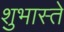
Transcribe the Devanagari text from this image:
शुभास्ते